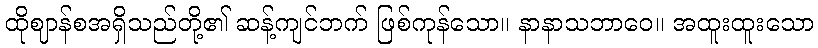
ထိုဈာန်စအရှိသည်တို့၏ ဆန့်ကျင်ဘက် ဖြစ်ကုန်သော။ နာနာသဘာဝေ။ အထူးထူးသော